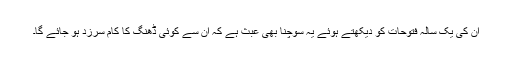
ان کی یک سالہ فتوحات کو دیکھتے ہوئے یہ سوچنا بھی عبث ہے کہ ان سے کوئی ڈھنگ کا کام سرزد ہو جائے گا۔